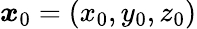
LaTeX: \boldsymbol{x}_{0}=(x_{0},y_{0},z_{0})